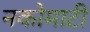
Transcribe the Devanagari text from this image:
नकोमाटी